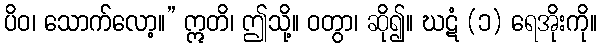
ပိဝ၊ သောက်လော့။” ဣတိ၊ ဤသို့။ ဝတွာ၊ ဆို၍။ ဃဋံ (၁) ရေအိုးကို။